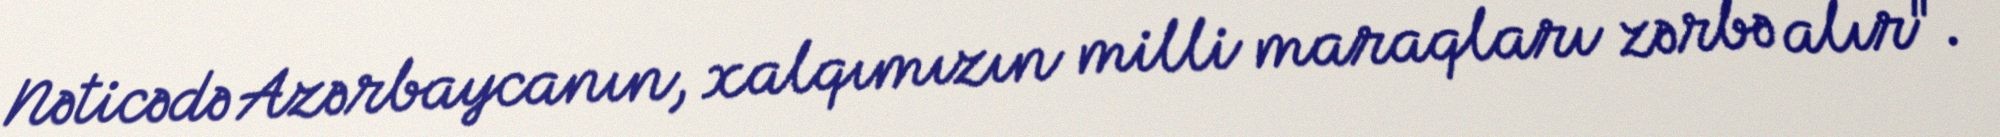
Nəticədə Azərbaycanın, xalqımızın milli maraqları zərbə alır".